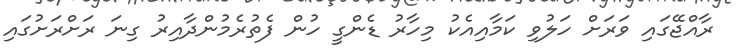
ރާއްޖޭގައި ވަރަށް ހަލުވި ކަމާއިއެކު މިހާރު ޑެންގީ ހުން ފެތުރެމުންދާއިރު ގިނަ ރަށްރަށުގައި